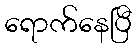
ရောက်နေပြီ